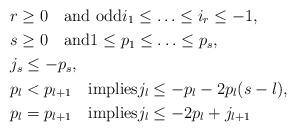
LaTeX: \begin{align*} &r\geq 0 \quad\textrm{and odd}i_1\leq \ldots\leq i_r\leq -1,\\&s\geq 0\quad\textrm{and}1\leq p_1\leq \ldots\leq p_s,\\& j_s\leq -p_s,\\&p_l<p_{l+1}\quad\textrm{implies}j_l\leq -p_l -2p_{l}(s-l),\\&p_l=p_{l+1}\quad\textrm{implies}j_l\leq -2p_l + j_{l+1}\end{align*}